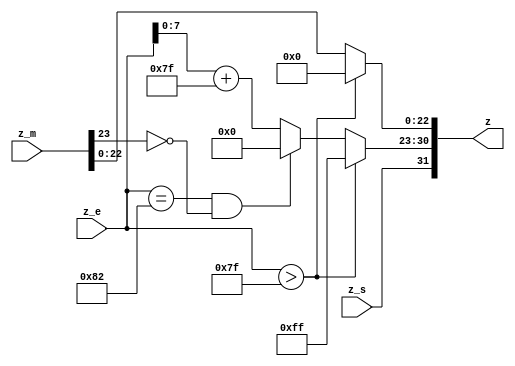
module single_packer(z_s, z_m, z_e, z);
  output reg[31:0] z;
  input[23:0] z_m;
  input[9:0] z_e;
  input z_s;
  
  always @(*) begin
        //if overflow occurs, return inf
        if ($signed(z_e) > 127) begin
          z[22 : 0] = 0;
          z[30 : 23] = 255;
          z[31] = z_s;
        end
        else if ($signed(z_e) == -126 && z_m[23] == 0) begin
          z[30 : 23] = 0;
          z[22 : 0] = z_m[22:0];
          z[31] = z_s;
        end else begin
          z[22 : 0] = z_m[22:0];
          z[30 : 23] = z_e[7:0] + 127;
          z[31] = z_s;
        end
    end
      
  function [31:0] single_pack_function;
    input z_s;
    input[9:0] z_e;
    input[23:0] z_m;
    begin
      //if overflow occurs, return inf
        if ($signed(z_e) > 127) begin
         single_pack_function[22 : 0] = 0;
         single_pack_function[30 : 23] = 255;
         single_pack_function[31] = z_s;
        end
        else if ($signed(z_e) == -126 && z_m[23] == 0) begin
          single_pack_function[30 : 23] = 0;
          single_pack_function[22 : 0] = z_m[22:0];
          single_pack_function[31] = z_s;
        end else begin
          single_pack_function[22 : 0] = z_m[22:0];
          single_pack_function[30 : 23] = z_e[7:0] + 127;
          single_pack_function[31] = z_s;
        end
    end
  endfunction
endmodule